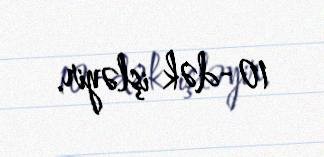
10-dək işləyir.